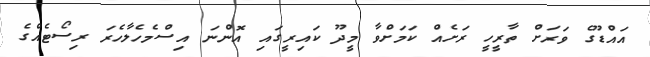
އައްޑޫގެ ވަރަށް ތާރީހީ ރަށެއް ކަމަށްވާ މީދޫ ކައިރީގައި އޮންނަ އިސްމެހެލާހެރަ ރިސޯޓެއްގެ